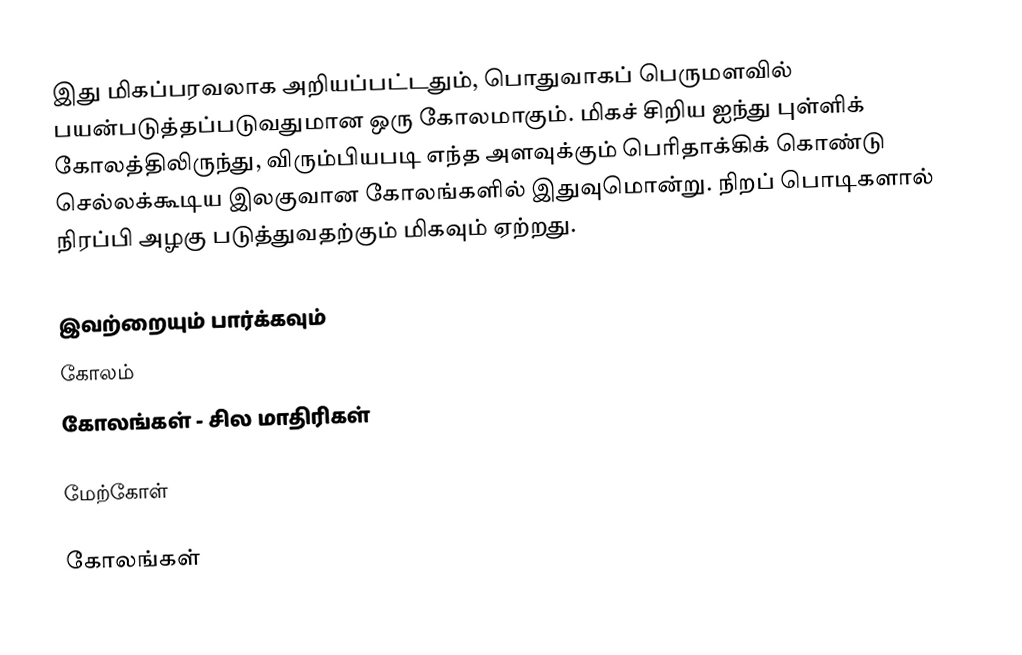
இது மிகப்பரவலாக அறியப்பட்டதும், பொதுவாகப் பெருமளவில் பயன்படுத்தப்படுவதுமான ஒரு கோலமாகும். மிகச் சிறிய ஐந்து புள்ளிக் கோலத்திலிருந்து, விரும்பியபடி எந்த அளவுக்கும் பெரிதாக்கிக் கொண்டு செல்லக்கூடிய இலகுவான கோலங்களில் இதுவுமொன்று. நிறப் பொடிகளால் நிரப்பி அழகு படுத்துவதற்கும் மிகவும் ஏற்றது.

இவற்றையும் பார்க்கவும்
 கோலம்
 கோலங்கள் - சில மாதிரிகள்

மேற்கோள்

கோலங்கள்